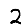
Digit: 2